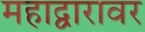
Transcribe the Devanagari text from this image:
महाद्वारावर